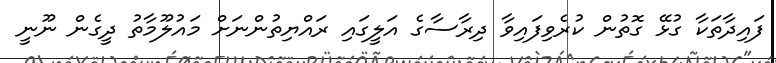
ފައިދާތަކާ ގުޅޭ ގޮތުން ކުރެވިފައިވާ ދިރާސާގެ އަލީގައި ރައްޔިތުންނަށް މައުލޫމާތު ދީގެން ނޫނީ